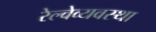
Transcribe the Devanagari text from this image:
रेल्वेव्यवस्था